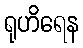
ရုဟိရေန